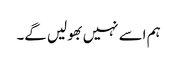
ہم اسے نہیں بھولیں گے۔